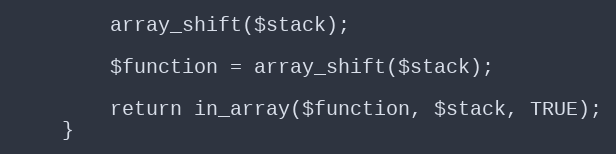
Language: PHP
        array_shift($stack);

        $function = array_shift($stack);

        return in_array($function, $stack, TRUE);
    }